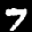
Label: 7